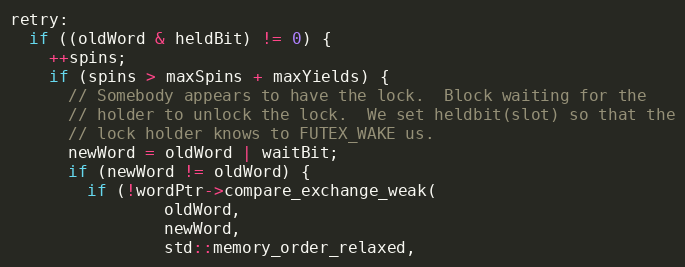
Language: C++
retry:
  if ((oldWord & heldBit) != 0) {
    ++spins;
    if (spins > maxSpins + maxYields) {
      // Somebody appears to have the lock.  Block waiting for the
      // holder to unlock the lock.  We set heldbit(slot) so that the
      // lock holder knows to FUTEX_WAKE us.
      newWord = oldWord | waitBit;
      if (newWord != oldWord) {
        if (!wordPtr->compare_exchange_weak(
                oldWord,
                newWord,
                std::memory_order_relaxed,